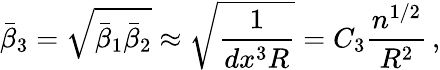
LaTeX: \bar{\beta}_{3}=\sqrt{\bar{\beta}_{1}\bar{\beta}_{2}}\approx\sqrt{\frac{1}{dx^{3}R}}=C_{3}\frac{n^{1/2}}{R^{2}}\, ,